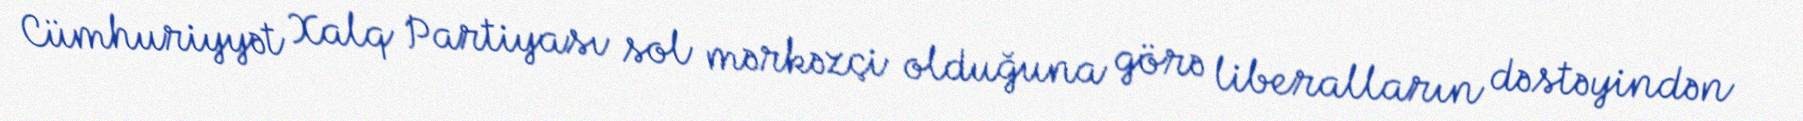
Cümhuriyyət Xalq Partiyası sol mərkəzçi olduğuna görə liberalların dəstəyindən